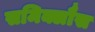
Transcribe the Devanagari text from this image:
समिक्लौस